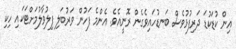
އިން ކުޑަކުޑަ ދަރިފުޅުވެސް ބަނޑުހައިވެގެން ރޮނީއެވެ. އެންމެ ފަހުން ވަރުބަލި ފިލުވާލުމަށްޓަކައި ހިކި